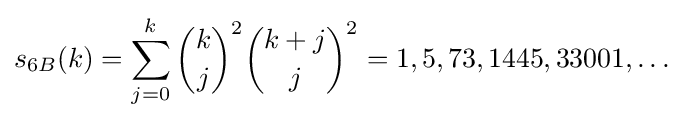
s_{6B}(k)=\sum _{j=0}^{k}{\binom {k}{j}}^{2}{\binom {k+j}{j}}^{2}=1,5,73,1445,33001,\ldots